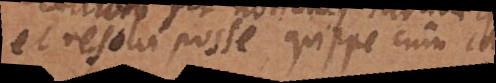
et resolvi posse, quippe cum